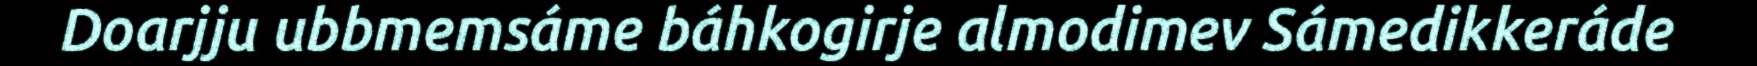
Doarjju ubbmemsáme báhkogirje almodimev Sámedikkeráde